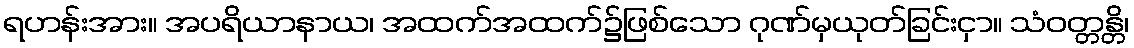
ရဟန်းအား။ အပရိယာနာယ၊ အထက်အထက်၌ဖြစ်သော ဂုဏ်မှယုတ်ခြင်းငှာ။ သံဝတ္တန္တိ၊